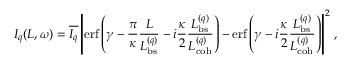
I _ { q } ( L , \omega ) = \overline { { I _ { q } } } \left| \mathrm { e r f } \left( \gamma - \frac { \pi } { \kappa } \frac { L } { L _ { \mathrm { b s } } ^ { ( q ) } } - i \frac { \kappa } { 2 } \frac { L _ { \mathrm { b s } } ^ { ( q ) } } { L _ { \mathrm { c o h } } ^ { ( q ) } } \right) - \mathrm { e r f } \left( \gamma - i \frac { \kappa } { 2 } \frac { L _ { \mathrm { b s } } ^ { ( q ) } } { L _ { \mathrm { c o h } } ^ { ( q ) } } \right) \right| ^ { 2 } \, ,